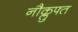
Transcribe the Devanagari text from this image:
नौक्लुफ्त